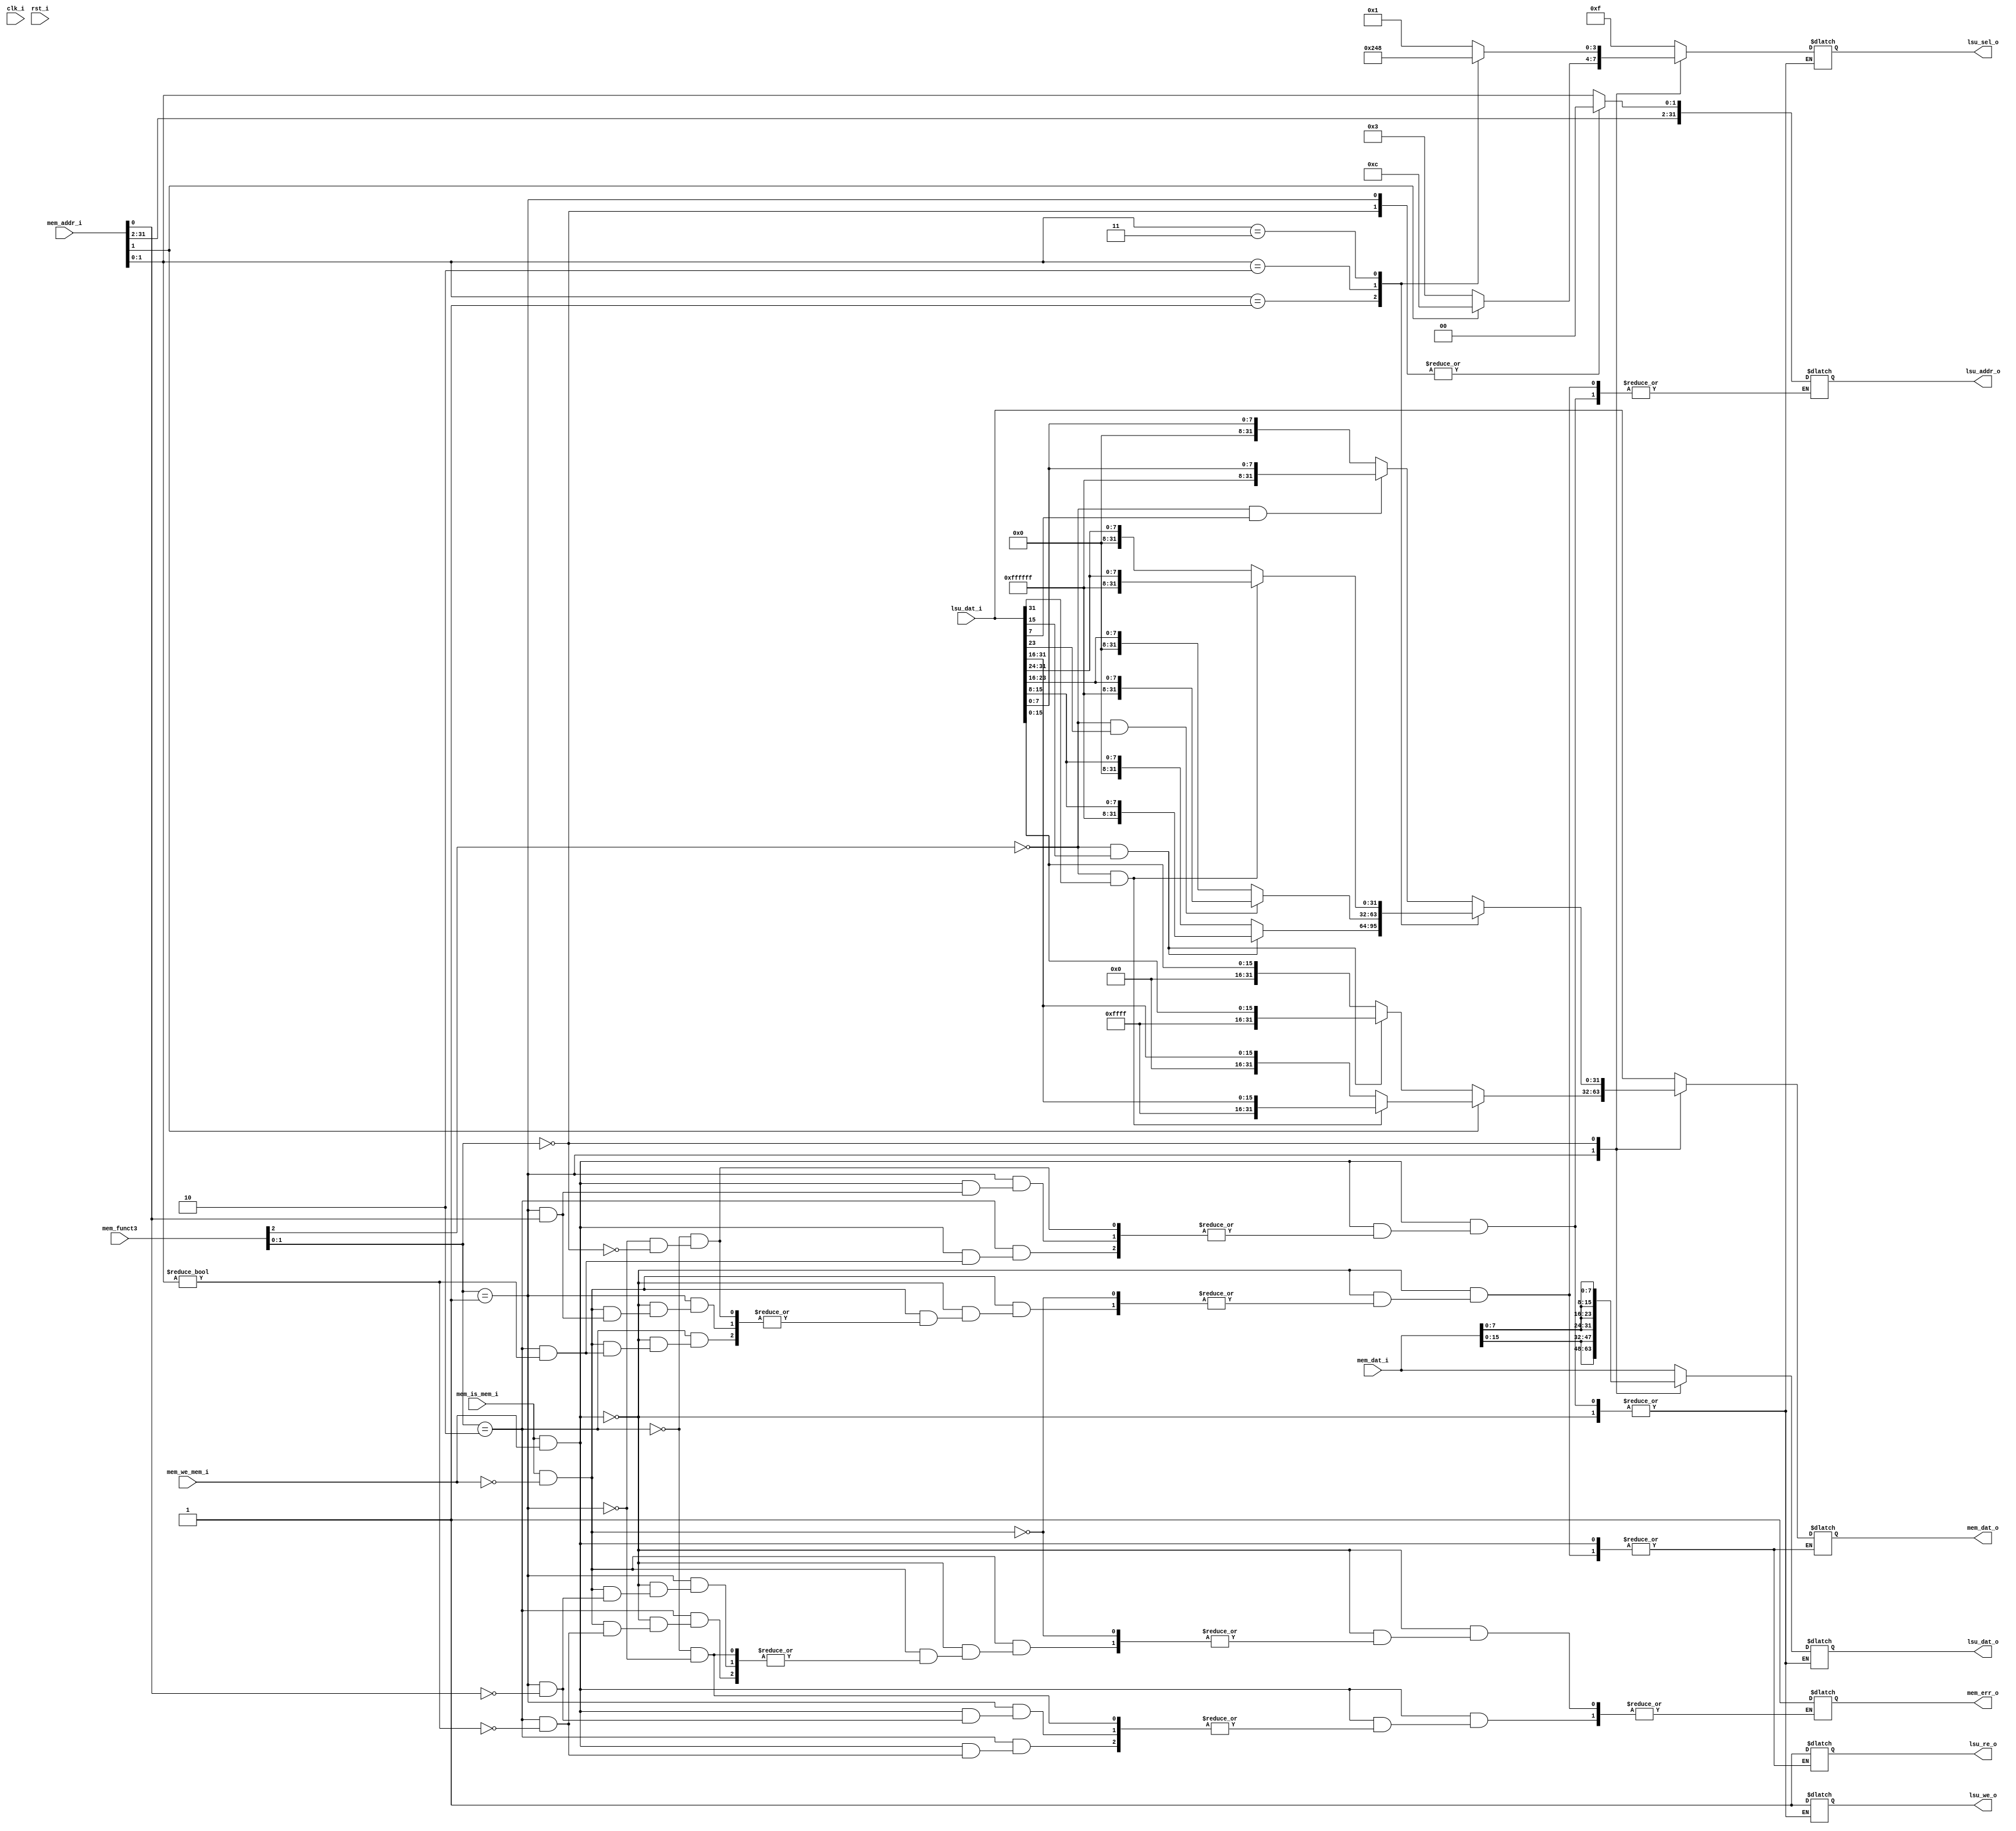
/*
* LSU unidad combinatoria
* Classic Implementation:
* Luis Ruiz
*/

module LSUcomb(clk_i, rst_i, mem_dat_i, mem_addr_i, mem_we_mem_i, mem_is_mem_i, mem_funct3, mem_err_o, mem_dat_o, 
	lsu_dat_i, lsu_sel_o, lsu_addr_o, lsu_dat_o, lsu_we_o, lsu_re_o);

	input wire rst_i;
	input wire clk_i;


	input wire [31:0] mem_dat_i;
	input wire [31:0] mem_addr_i;
	input wire mem_we_mem_i;
	input wire mem_is_mem_i;
	input wire [2:0] mem_funct3;
	input wire [31:0] lsu_dat_i;

	output reg mem_err_o;
	output reg [31:0] mem_dat_o;
	output reg [3:0] lsu_sel_o;
	output reg [31:0] lsu_addr_o;
	output reg [31:0] lsu_dat_o;
	output reg lsu_we_o;
	output reg lsu_re_o;

	wire [1:0] mem_type_i;
	wire mem_sign_i;

	assign mem_type_i = mem_funct3[1:0];
	assign mem_sign_i = !mem_funct3[2];
	assign mem_we_i = mem_is_mem_i && mem_we_mem_i;
	assign mem_re_i = mem_is_mem_i && !mem_we_mem_i;

	localparam mem_type_word = 2'b10;
	localparam mem_type_half = 2'b01;
	localparam mem_type_byte = 2'b00;


	//Circuito combinatorio
	always @(*) begin
		if(mem_we_i) begin
			case(mem_type_i)
				mem_type_word: begin
					if(mem_addr_i[1:0]) begin
						mem_err_o = 1;
					end else begin
						lsu_we_o = 1;
						lsu_sel_o = 4'b1111;
						lsu_addr_o = mem_addr_i;
						lsu_dat_o = mem_dat_i;
					end
				end
				mem_type_half: begin
					if(mem_addr_i[0]) begin
						mem_err_o = 1;
					end else begin
						lsu_we_o = 1;
						lsu_dat_o = {mem_dat_i[15:0], mem_dat_i[15:0]};
						lsu_addr_o = {mem_addr_i[31:2], 2'b00};
						if(mem_addr_i[1])begin
							lsu_sel_o = 4'b1100;
						end else begin
							lsu_sel_o = 4'b0011;
						end
					end
				end
				mem_type_byte: begin
					lsu_we_o = 1;
					lsu_dat_o = {mem_dat_i[7:0], mem_dat_i[7:0], mem_dat_i[7:0], mem_dat_i[7:0]};
					lsu_addr_o = {mem_addr_i[31:2], 2'b00};
					case(mem_addr_i[1:0])
						2'b00: lsu_sel_o = 4'b0001;
						2'b01: lsu_sel_o = 4'b0010;
						2'b10: lsu_sel_o = 4'b0100;
						2'b11: lsu_sel_o = 4'b1000;
					endcase
				end
			endcase
		end else if(mem_re_i)begin
			case(mem_type_i)
				mem_type_word: begin
					if(mem_addr_i[1:0]) begin
						mem_err_o = 1;
					end else begin
						lsu_re_o = 1;
						lsu_addr_o = mem_addr_i;
						mem_dat_o = lsu_dat_i;
					end
				end
				mem_type_half: begin
					if(mem_addr_i[0]) begin
						mem_err_o = 1;
					end else begin
						lsu_re_o = 1;
						lsu_addr_o = {mem_addr_i[31:2], 2'b00};
						if(mem_addr_i[1])begin
							if(mem_sign_i && lsu_dat_i[31]) mem_dat_o = {16'hFFFF,lsu_dat_i[31:16]};
							else mem_dat_o = {16'h0000,lsu_dat_i[31:16]};
						end else begin
							if(mem_sign_i && lsu_dat_i[15]) mem_dat_o = {16'hFFFF,lsu_dat_i[15:0]};
							else mem_dat_o = {16'h0000,lsu_dat_i[15:0]};
						end
					end
				end
				mem_type_byte: begin
					lsu_re_o = 1;
					lsu_addr_o = {mem_addr_i[31:2], 2'b00};
					case(mem_addr_i[1:0])
						2'b00: begin
							if(mem_sign_i && lsu_dat_i[7]) mem_dat_o = {24'hFFFFFF,lsu_dat_i[7:0]};
							else mem_dat_o = {24'h000000,lsu_dat_i[7:0]};
						end
						2'b01: begin
							if(mem_sign_i && lsu_dat_i[15]) mem_dat_o = {24'hFFFFFF,lsu_dat_i[15:8]};
							else mem_dat_o = {24'h000000,lsu_dat_i[15:8]};
						end
						2'b10: begin
							if(mem_sign_i && lsu_dat_i[23]) mem_dat_o = {24'hFFFFFF,lsu_dat_i[23:16]};
							else mem_dat_o = {24'h000000,lsu_dat_i[23:16]};
						end
						2'b11: begin
							if(mem_sign_i && lsu_dat_i[31]) mem_dat_o = {24'hFFFFFF,lsu_dat_i[31:24]};
							else mem_dat_o = {24'h000000,lsu_dat_i[31:24]};
						end
					endcase
				end
			endcase
		end
	end

endmodule